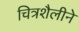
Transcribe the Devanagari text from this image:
चित्रशैलीने